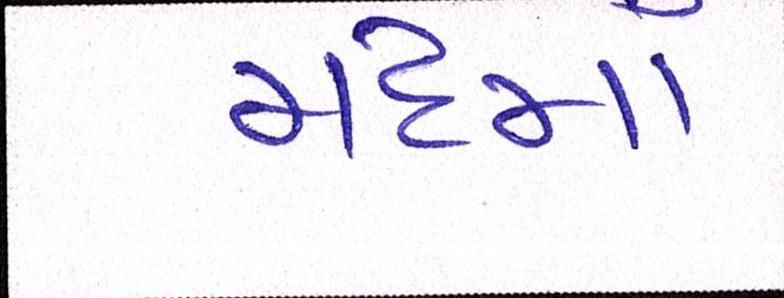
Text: મદમાં